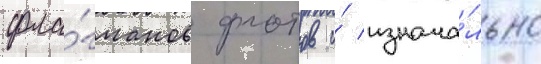
фла́гманов флотов и́ изнача́льно